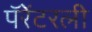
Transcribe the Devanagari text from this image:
पॅरेंटरली